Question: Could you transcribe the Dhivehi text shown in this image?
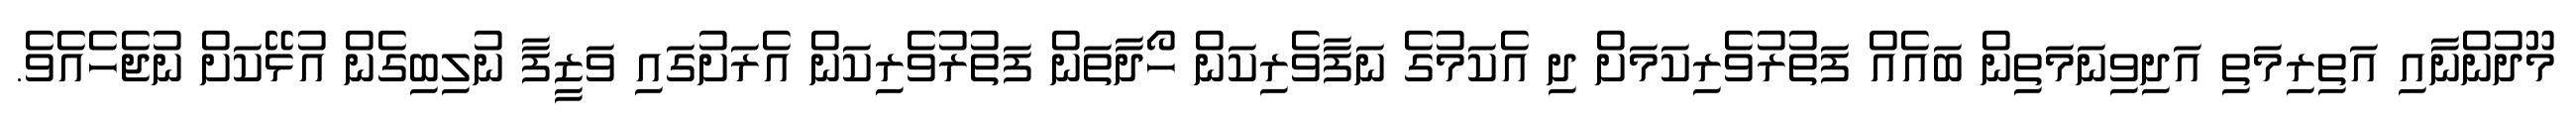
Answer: މޫދުންނާއި އަތިރިމަތި އަދިވިނަމަތިން ބައެއް ފަތުރުވެރިކަމަށް ދި އެކަމުގެ ނަފާވެރިކަން ހޯދާތަން ފަތުރުވެރިކަން އެރަށުގައި ވަޒީފާ ނުލިބިގެން އުޅޭކަށް ނުޖެހެއެވެ.